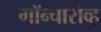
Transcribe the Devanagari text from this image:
गॉन्चारोव्ह